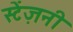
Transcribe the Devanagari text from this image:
स्टेंज़नी